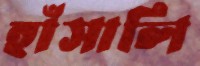
হাঁসালি